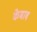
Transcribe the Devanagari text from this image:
केबाब